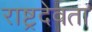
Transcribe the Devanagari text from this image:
राष्ट्रदेवता